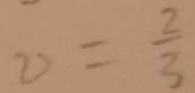
v = \frac { 2 } { 3 }